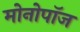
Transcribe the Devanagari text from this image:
मोनोपॉज